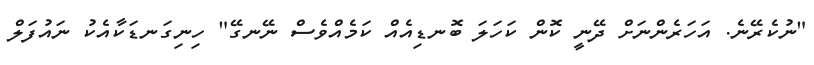
"ނުކެރޭނެ. އަހަރެންނަށް ދޭނީ ކޮން ކަހަލަ ބޮނޑިއެއް ކަމެއްވެސް ނޭނގޭ" ހިނިގަނޑަކާއެކު ނައުފަލް